Civil Veterinary Dept. North-West Frontier Province 1901-22 - 1901-1922
Year: 1901
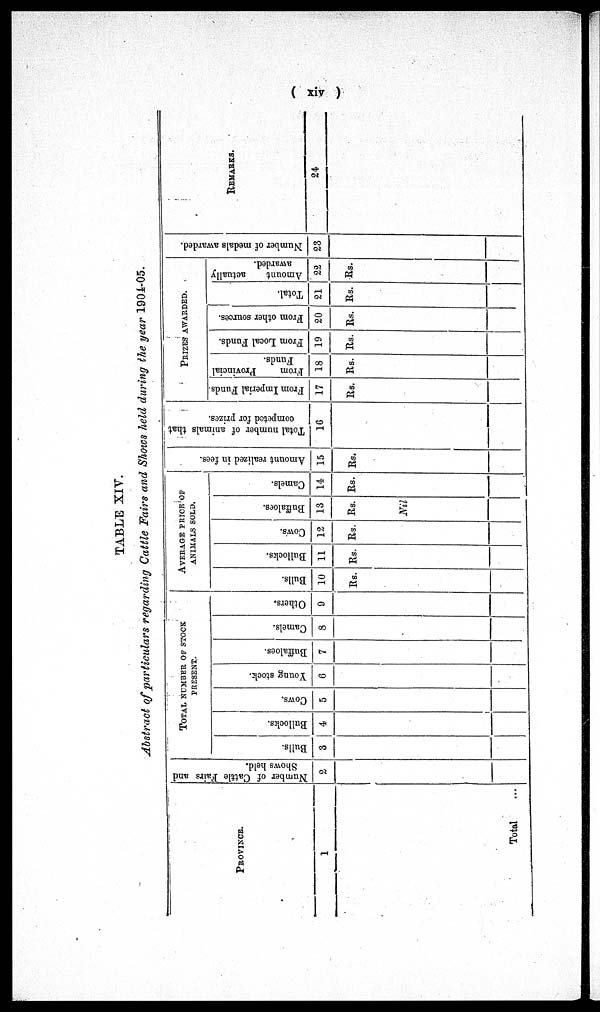
(xiv)
TABLE XIV.
Abstract of particulars regarding Cattle Fairs and Shows held during the year 1904-05.
PROVINCE.
1
Total ...
Number of Cattle Fairs and
Shows held.
2
TOTAL NUMBER OF STOCK
PRESENT
Bulls.
3
Bullocks.
4
Cows.
5
Young stock.
6
Buffaloes.
7
Camels.
8
Others.
9
AVERAGE PRICE OF
ANIMALS SOLD.
Bulls.
10
Rs.
Bullocks.
11
Rs.
Cows.
12
Rs.
Buffaloes.
13
Rs.
Nil
Camels.
14
Rs.
Amount realized in fees.
15
Rs.
Total number of animals that
competed for prizes.
16
PRIZES AWARDED.
From Imperial Funds.
17
Rs.
From
Provincial
Funds.
18
Rs.
From Local Funds.
19
Rs.
From other sources.
20
Rs.
Total.
21
Rs.
Amount
actually
awarded.
22
Rs.
Nu mb e r of medals awarded.
23
REMARKS.
24